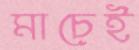
মাচেই